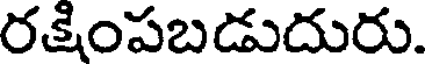
రక్షింపబడుదురు.